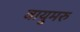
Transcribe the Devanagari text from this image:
वायुमरु